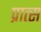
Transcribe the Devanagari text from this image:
प्रात्स